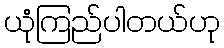
ယုံကြည်ပါတယ်ဟု